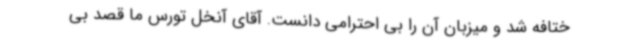
ختافه شد و میزبان آن را بی احترامی دانست. آقای آنخل تورس ما قصد بی